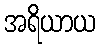
အရိယာယ